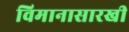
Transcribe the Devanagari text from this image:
विमानासारखी